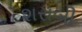
શરાબી